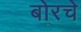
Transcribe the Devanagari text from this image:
बोरचे